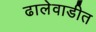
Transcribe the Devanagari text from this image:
ढालेवाडीत